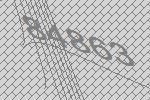
84863